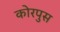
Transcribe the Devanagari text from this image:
कोरपुस